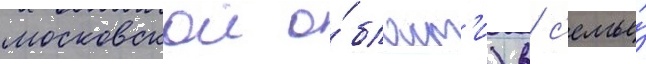
московскои о́бласт'и) в с'емье́